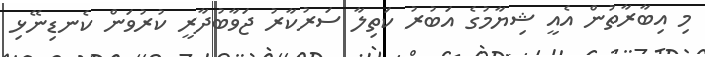
މި އިބާރާތުން އެއީ ޝިޔާމުގެ އަބުރު ކަތިލާ ސަރުކާރު ޖަވާބުދާރީ ކުރުވަން ކެނޑިނޭޅި